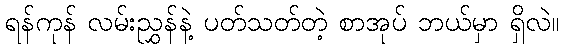
ရန်ကုန် လမ်းညွှန်နဲ့ ပတ်သတ်တဲ့ စာအုပ် ဘယ်မှာ ရှိလဲ။